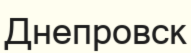
Днепровск